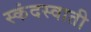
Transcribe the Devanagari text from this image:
स्कंदस्वाती